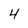
Character: 4